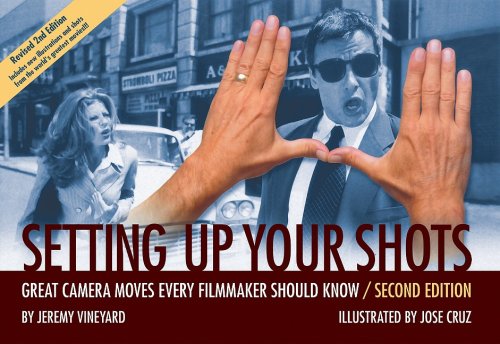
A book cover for Setting Up Your Shots: Great Camera Moves Every Filmmaker Should Know; Jeremy Vineyard; Arts & Photography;